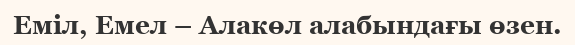
Еміл, Емел – Алакөл алабындағы өзен.